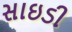
સાઇડી